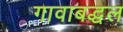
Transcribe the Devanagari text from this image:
गावाबद्धल